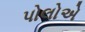
પોલોએ